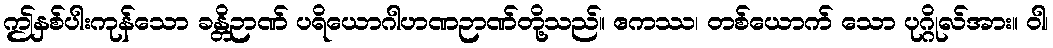
ဤနှစ်ပါးကုန်သော ခန္တိဉာဏ် ပရိယောဂါဟဏဉာဏ်တို့သည်။ ဧကဿ၊ တစ်ယောက် သော ပုဂ္ဂိုလ်အား။ ဝါ၊